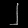
Digit: ၂